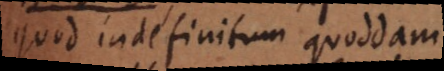
quod indefinitum quoddam.